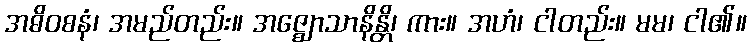
အဓိဝစနံ၊ အမည်တည်း။ အဇ္ဈောသာနိန္တိ၊ ကား။ အဟံ၊ ငါတည်း။ မမ၊ ငါ၏။